Document type: Sale
Year: 1290
Scribe: Miquel Rotllan
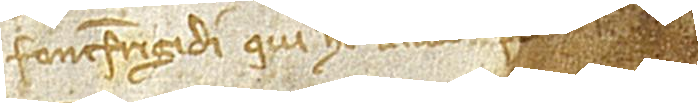
Fontisfrigidi, qui hec laudo, prid[ie kalendas]